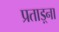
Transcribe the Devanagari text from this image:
प्रताड़्ना